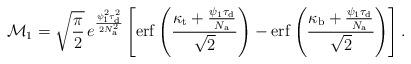
LaTeX: \begin{align*}\mathcal{M}_1=\sqrt{\frac{\pi}{2}}\,e^{\frac{\psi_{1}^2\tau_{\rm d}^2}{2N_{\rm a}^2}}\left[\mathrm{erf}\left(\frac{\kappa_{\rm t}+\frac{\psi_{1}\tau_{\rm d}}{N_{\rm a}}}{\sqrt{2}}\right)-\mathrm{erf}\left(\frac{\kappa_{\rm b}+\frac{\psi_{1}\tau_{\rm d}}{N_{\rm a}}}{\sqrt{2}}\right)\right].\end{align*}